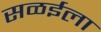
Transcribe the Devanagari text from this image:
सळईला